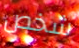
شخص